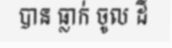
បាន ធ្លាក់ ចូល ដី